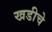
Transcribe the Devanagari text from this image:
खडीचे